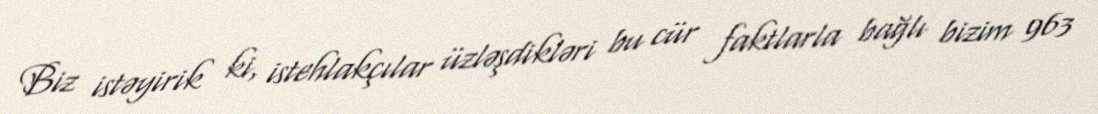
Biz istəyirik ki, istehlakçılar üzləşdikləri bu cür faktlarla bağlı bizim 963